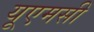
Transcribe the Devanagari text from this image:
यूएमसी